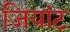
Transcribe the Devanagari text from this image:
जियांट